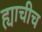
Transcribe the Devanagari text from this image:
ह्याचीच